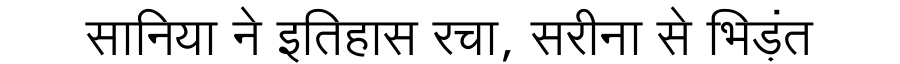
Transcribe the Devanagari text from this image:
सानिया ने इतिहास रचा, सरीना से भिड़ंत